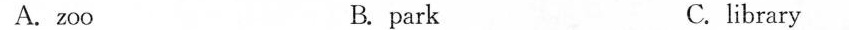
A.zoo B. park C. library